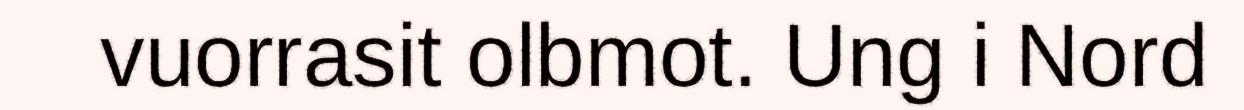
vuorrasit olbmot. Ung i Nord